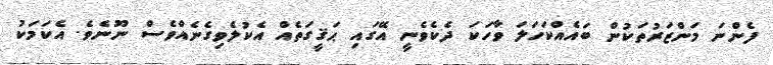
ފެންނަ މަންޒަރުތަކުން ބައެއްކަހަލަ ވާހަކަ ދެކެވެނީ އޭގައި ޙަޤީގަތެއް އެކުލެވިގެނެއްވެސް ނޫނެވެ. އެކަމަކު